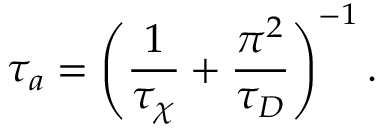
\tau _ { a } = \left( \frac { 1 } { \tau _ { \chi } } + \frac { \pi ^ { 2 } } { \tau _ { D } } \right) ^ { - 1 } .